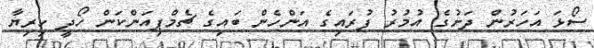
ސޯޅަ އަހަރުން ދަށުގެ އުމުރު ފުރައިގެ އަންހެން ބައިގެ ޗެމްޕިއަންކަން ހޯދީ ހިރިޔާ